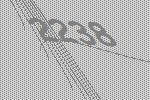
2238